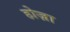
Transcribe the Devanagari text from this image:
होज़ा